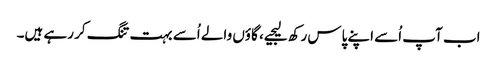
اب آپ اُسے اپنے پاس رکھ لیجیے، گاؤں والے اُسے بہت تنگ کر رہے ہیں۔